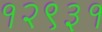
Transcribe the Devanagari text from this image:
१२९३१